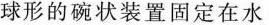
球形的碗状装置固定在水